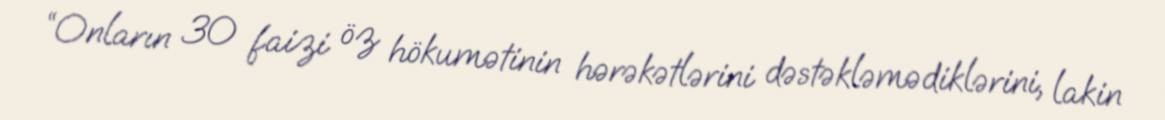
“Onların 30 faizi öz hökumətinin hərəkətlərini dəstəkləmədiklərini, lakin